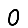
Digit: 0